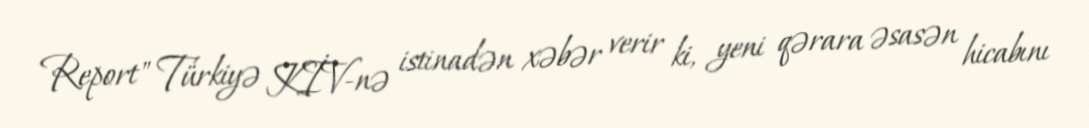
Report" Türkiyə KİV-nə istinadən xəbər verir ki, yeni qərara əsasən hicabını